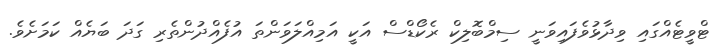
ޓްވީޓެއްގައި ވިދާޅުވެފައިވަނީ ސިމްބޮލިކް ރެކޯޑްސް އަކީ އަމިއްލަވަންތަ އުފެއްދުންތެރި ގަދަ ބަޔެއް ކަމަށެވެ.